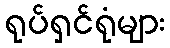
ရုပ်ရှင်ရုံများ